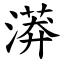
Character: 漭